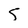
Character: j